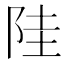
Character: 𱀋